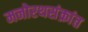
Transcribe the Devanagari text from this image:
मनोरथसंक्रांत